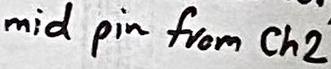
Text: mid pin from Ch2